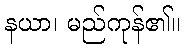
နယာ၊ မည်ကုန်၏။